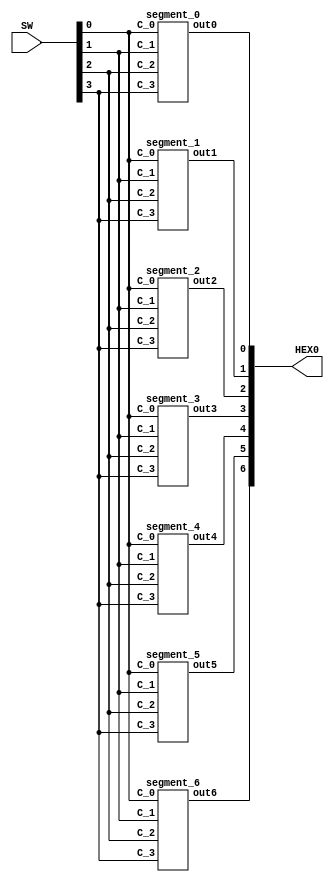
`timescale 1ns / 1ns

/* C_3 - A
 * C_2 - B
 * C_1 - C
 * C_0 - D
*/

module hexdisplay(SW, HEX0);
	input [3:0] SW;
	output [6:0] HEX0;
	
	/* Map inputs to switches and outputs to HEX0 outputs - C_0 to SW[0]
	 * 																	- C_1 to SW[1]
	 *																		- C_2 to SW[2]
	 * 																	- C_3 to SW[3]
	 *																		- out0 to out6 - HEX0[0] to HEX0[6] respectively
	*/
	
	segment_0 seg_0(
		.C_0(SW[0]),
		.C_1(SW[1]),
		.C_2(SW[2]),
		.C_3(SW[3]),
		.out0(HEX0[0])
	);
	
	segment_1 seg_1(
		.C_0(SW[0]),
		.C_1(SW[1]),
		.C_2(SW[2]),
		.C_3(SW[3]),
		.out1(HEX0[1])
	);
	
	segment_2 seg_2(
		.C_0(SW[0]),
		.C_1(SW[1]),
		.C_2(SW[2]),
		.C_3(SW[3]),
		.out2(HEX0[2])
	);
	
	segment_3 seg_3(
		.C_0(SW[0]),
		.C_1(SW[1]),
		.C_2(SW[2]),
		.C_3(SW[3]),
		.out3(HEX0[3])
	);
	
	segment_4 seg_4(
		.C_0(SW[0]),
		.C_1(SW[1]),
		.C_2(SW[2]),
		.C_3(SW[3]),
		.out4(HEX0[4])
	);
	
	segment_5 seg_5(
		.C_0(SW[0]),
		.C_1(SW[1]),
		.C_2(SW[2]),
		.C_3(SW[3]),
		.out5(HEX0[5])
	);
	
	segment_6 seg_6(
		.C_0(SW[0]),
		.C_1(SW[1]),
		.C_2(SW[2]),
		.C_3(SW[3]),
		.out6(HEX0[6])
	);
	
endmodule

// Segment 0 of HEX display module
// Turns on at 0, 2, 3, 5, 7, 8, 9, C_3, C, E, F
module segment_0(C_0, C_1, C_2, C_3, out0);
	input C_0;
	input C_1;
	input C_2;
	input C_3;
	output out0;

	assign out0 = ~((C_3 | C_2 | C_1 | ~C_0) & (C_3 | ~C_2 | C_1 | C_0) & (~C_3 | C_2 | ~C_1 | ~C_0) & (~C_3 | ~C_2 | C_1 | ~C_0));
endmodule

// Segment 1 of HEX display module
// Turns on at 0, 2, 3, 4, 7, 8, 9, C_3, d
module segment_1(C_0, C_1, C_2, C_3, out1);
	input C_0;
	input C_1;
	input C_2;
	input C_3;
	output out1;

	assign out1 = (C_2 & C_1 & ~C_0)  | (C_3 & C_1 & C_0)  | (C_3 & C_2 & ~C_0)  | (~C_3 & C_2 & ~C_1 & C_0);
endmodule

// Segment 2 of HEX display module
// Turns on at 0, 3, 4, 5, 6, 7, 8, 9, C_3, b, d
module segment_2(C_0, C_1, C_2, C_3, out2);
	input C_0;
	input C_1;
	input C_2;
	input C_3;
	output out2;

	assign out2 = (C_3 & C_2 & ~C_0)  | (C_3 & C_2 & C_1)  | (~C_3 & ~C_2 & C_1 & ~C_0);
endmodule

// Segment 3 of HEX display module
// Turns on at 0, 2, 3, 5, 6, 8, 9, b, C, d, E
module segment_3(C_0, C_1, C_2, C_3, out3);
	input C_0;
	input C_1;
	input C_2;
	input C_3;
	output out3;

	assign out3 = ~((~C_2 | ~C_1 | ~C_0) & (C_3 | C_2 | C_1 | ~C_0) & (C_3 | ~C_2 | C_1 | C_0) & (~C_3 | C_2 | ~C_1 | C_0));
endmodule

// Segment 4 of HEX display module
// Turns on at 0, 1, 2, 6, 8, C_3, b, C, d, E, F
module segment_4(C_0, C_1, C_2, C_3, out4);
	input C_0;
	input C_1;
	input C_2;
	input C_3;
	output out4;

	assign out4 = (~C_3 & C_0)  | (~C_2 & ~C_1 & C_0)  | (~C_3 & C_2 & ~C_1);
endmodule


// Segment 5 of HEX display module
// Turns on at 0, 1, 4, 5, 6, 8, 9, C_3, b, C, E, F
module segment_5(C_0, C_1, C_2, C_3, out5);
	input C_0;
	input C_1;
	input C_2;
	input C_3;
	output out5;

	assign out5 = (~C_3 & ~C_2 & C_0)  | (~C_3 & ~C_2 & C_1)  | (~C_3 & C_1 & C_0)  | (C_3 & C_2 & ~C_1 & C_0);
endmodule

// Segment 6 of HEX display module
// Turns on at 2, 3, 5, 6, 8,9, C_3, b, d, E, F
module segment_6(C_0, C_1, C_2, C_3, out6);
	input C_0;
	input C_1;
	input C_2;
	input C_3;
	output out6;

	assign out6 = ~((C_3 | C_2 | C_1) & (C_3 | ~C_2 | ~C_1 | ~C_0) & (~C_3 | ~C_2 | C_1 | C_0));
endmodule